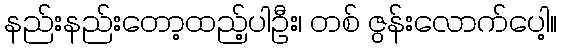
နည်းနည်းတော့ထည့်ပါဦး၊ တစ် ဇွန်းလောက်ပေါ့။